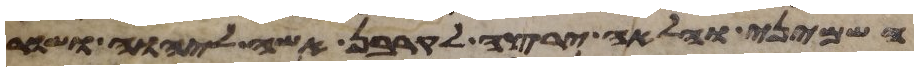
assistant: השמיני והלאה ירצה לקרבן אשה ליהוה ושור